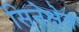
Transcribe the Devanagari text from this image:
सिनेक्षेत्र